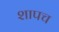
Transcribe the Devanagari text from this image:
शापच